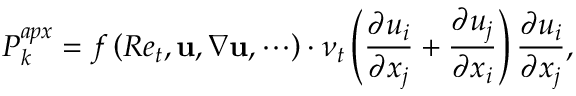
P _ { k } ^ { a p x } = f \left( R e _ { t } , \mathbf { u } , \nabla \mathbf { u } , \cdots \right) \cdot \nu _ { t } \left( \frac { \partial u _ { i } } { \partial x _ { j } } + \frac { \partial u _ { j } } { \partial x _ { i } } \right) \frac { \partial u _ { i } } { \partial x _ { j } } ,